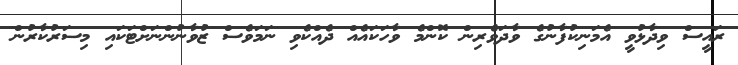
ރައީސް ވިދާޅުވީ އެމަނިކުފާނުގެ ވާދަވެރިން ކޮންމެ ވާހަކައެއް ދެއްކެވި ނަމަވެސް ޒުވާނުންނަށްޓަކައި މިސަރުކާރުން